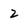
Character: 2